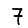
Digit: 7